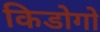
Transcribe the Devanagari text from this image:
किडोगो